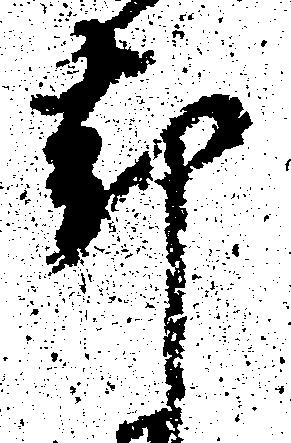
却